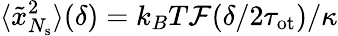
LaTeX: \langle\tilde{x}_{N_{\mathrm{s}}}^{2}\rangle(\delta)=k_{B}T\mathcal{F}(\delta/2\tau_{\mathrm{ot}})/\kappa